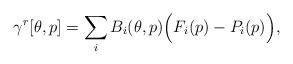
\begin{align*}\gamma^r[\theta,p] = \sum\limits_i B_i(\theta,p) \Big(F_i(p)-P_i(p)\Big),\end{align*}